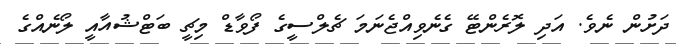
ދަށުން ނެވެ. އަދި ލޮރެންޓޭ ގެނެވިއްޖެނަމަ ޗެލްސީގެ ފޯވާޑް މިޗީ ބަޓްޝުއާއީ ލޯނެއްގެ